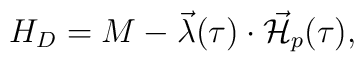
H_D=M-\vec{\lambda}(\tau )\cdot \vec{{\cal H}}_{p}(\tau ),